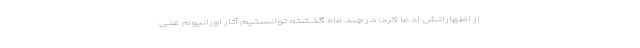
از اظهاراتش ادعا کرد: در چند ماه گذشته توانستیم آثار اورانیوم غنی